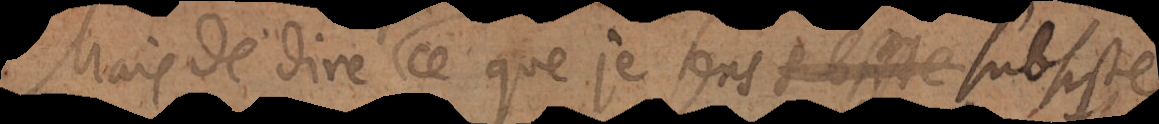
Mais de dire: Ce que je sens subsiste